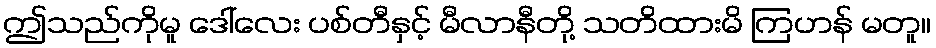
ဤသည်ကိုမူ ဒေါ်လေး ပစ်တီနှင့် မီလာနီတို့ သတိထားမိ ကြဟန် မတူ။